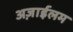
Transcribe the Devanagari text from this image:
अज़ाईलम